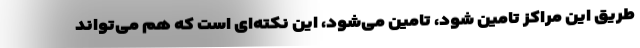
طریق این مراکز تامین شود، تامین می‌شود، این نکته‌ای است که هم می‌تواند